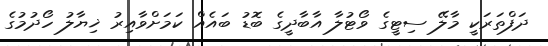
ދަފްތަރަކީ މާލޭ ސިޓީގެ ވޯޓުލާ އާބާދީގެ ބޮޑު ބައެއް ކަމަށްވާއިރު ޚިޔާލު ހޯދުމުގެ